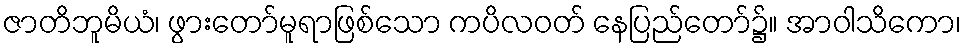
ဇာတိဘူမိယံ၊ ဖွားတော်မူရာဖြစ်သော ကပိလဝတ် နေပြည်တော်၌။ အာဝါသိကော၊